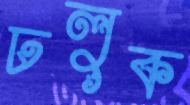
ঢলুক